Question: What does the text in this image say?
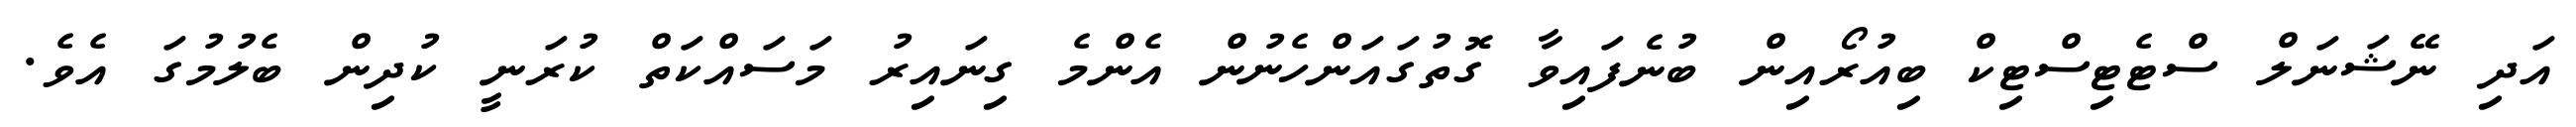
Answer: އަދި ނޭޝަނަލް ސްޓެޓިސްޓިކް ބިއުރޯއިން ބުނެފައިވާ ގޮތުގައަންހެނުން އެންމެ ގިނައިރު މަސައްކަތް ކުރަނީ ކުދިން ބެލުމުގަ އެވެ.